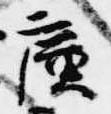
広